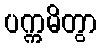
ပက္ကမိတွာ